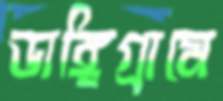
ডাঙ্গিগ্রামে